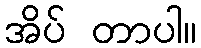
အိပ် တာပါ။